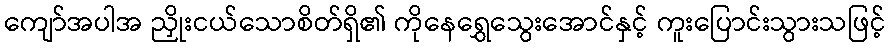
ကျော်အပါအ ညှိုးငယ်သောစိတ်ရှိ၏ ကိုနေရွှေသွေးအောင်နှင့် ကူးပြောင်းသွားသဖြင့်